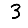
Digit: 3